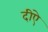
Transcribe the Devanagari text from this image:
दीऐ